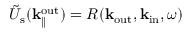
\Tilde { U } _ { \mathrm { s } } ( { \bf k } _ { \parallel } ^ { \mathrm { o u t } } ) = R ( { \bf k } _ { \mathrm { o u t } } , { \bf k } _ { \mathrm { i n } } , \omega )